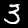
Label: 3